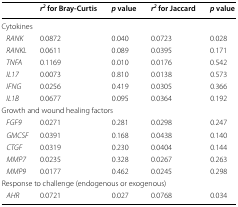
<table><thead><tr><td></td><td><b><i>r</i><sup><i>2</i></sup> for Bray-Curtis</b></td><td><b><i>p</i> value</b></td><td><b><i>r</i><sup><i>2</i></sup> for Jaccard</b></td><td><b><i>p</i> value</b></td></tr></thead><tbody><tr><td colspan="5">Cytokines</td></tr><tr><td> <i>RANK</i></td><td>0.0872</td><td>0.040</td><td>0.0723</td><td>0.028</td></tr><tr><td> <i>RANKL</i></td><td>0.0611</td><td>0.089</td><td>0.0395</td><td>0.171</td></tr><tr><td> <i>TNFA</i></td><td>0.1169</td><td>0.010</td><td>0.0176</td><td>0.542</td></tr><tr><td> <i>IL17</i></td><td>0.0073</td><td>0.810</td><td>0.0138</td><td>0.573</td></tr><tr><td> <i>IFNG</i></td><td>0.0256</td><td>0.419</td><td>0.0305</td><td>0.366</td></tr><tr><td> <i>IL1B</i></td><td>0.0677</td><td>0.095</td><td>0.0364</td><td>0.192</td></tr><tr><td colspan="5">Growth and wound healing factors</td></tr><tr><td> <i>FGF9</i></td><td>0.0271</td><td>0.281</td><td>0.0298</td><td>0.247</td></tr><tr><td> <i>GMCSF</i></td><td>0.0391</td><td>0.168</td><td>0.0438</td><td>0.140</td></tr><tr><td> <i>CTGF</i></td><td>0.0319</td><td>0.230</td><td>0.0404</td><td>0.144</td></tr><tr><td> <i>MMP7</i></td><td>0.0235</td><td>0.328</td><td>0.0267</td><td>0.263</td></tr><tr><td> <i>MMP9</i></td><td>0.0177</td><td>0.462</td><td>0.0245</td><td>0.298</td></tr><tr><td colspan="5">Response to challenge (endogenous or exogenous)</td></tr><tr><td> <i>AHR</i></td><td>0.0721</td><td>0.027</td><td>0.0768</td><td>0.034</td></tr></tbody></table>